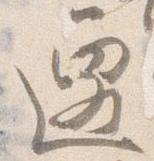
遷